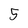
Character: 5